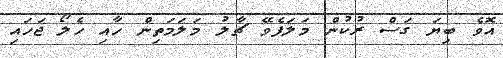
އޮވެ ބިޔަ ގަސް ރުކުން މަލަފެވޭ ޗާލު މަލަމަތިން ހާއި ހެލޯ ޖަހައި